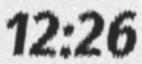
12:26